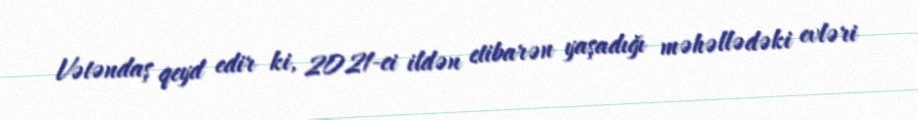
Vətəndaş qeyd edir ki, 2021-ci ildən etibarən yaşadığı məhəllədəki evləri